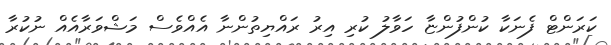
ކަރަންޓް ފެނަކާ ކުންފުންޏާ ހަވާލު ކުރި އިރު ރައްޔިތުންނާ އެއްވެސް މަޝްވަރާއެއް ނުކުރާ